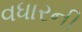
વધારની